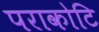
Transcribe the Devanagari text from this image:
पराकोटि